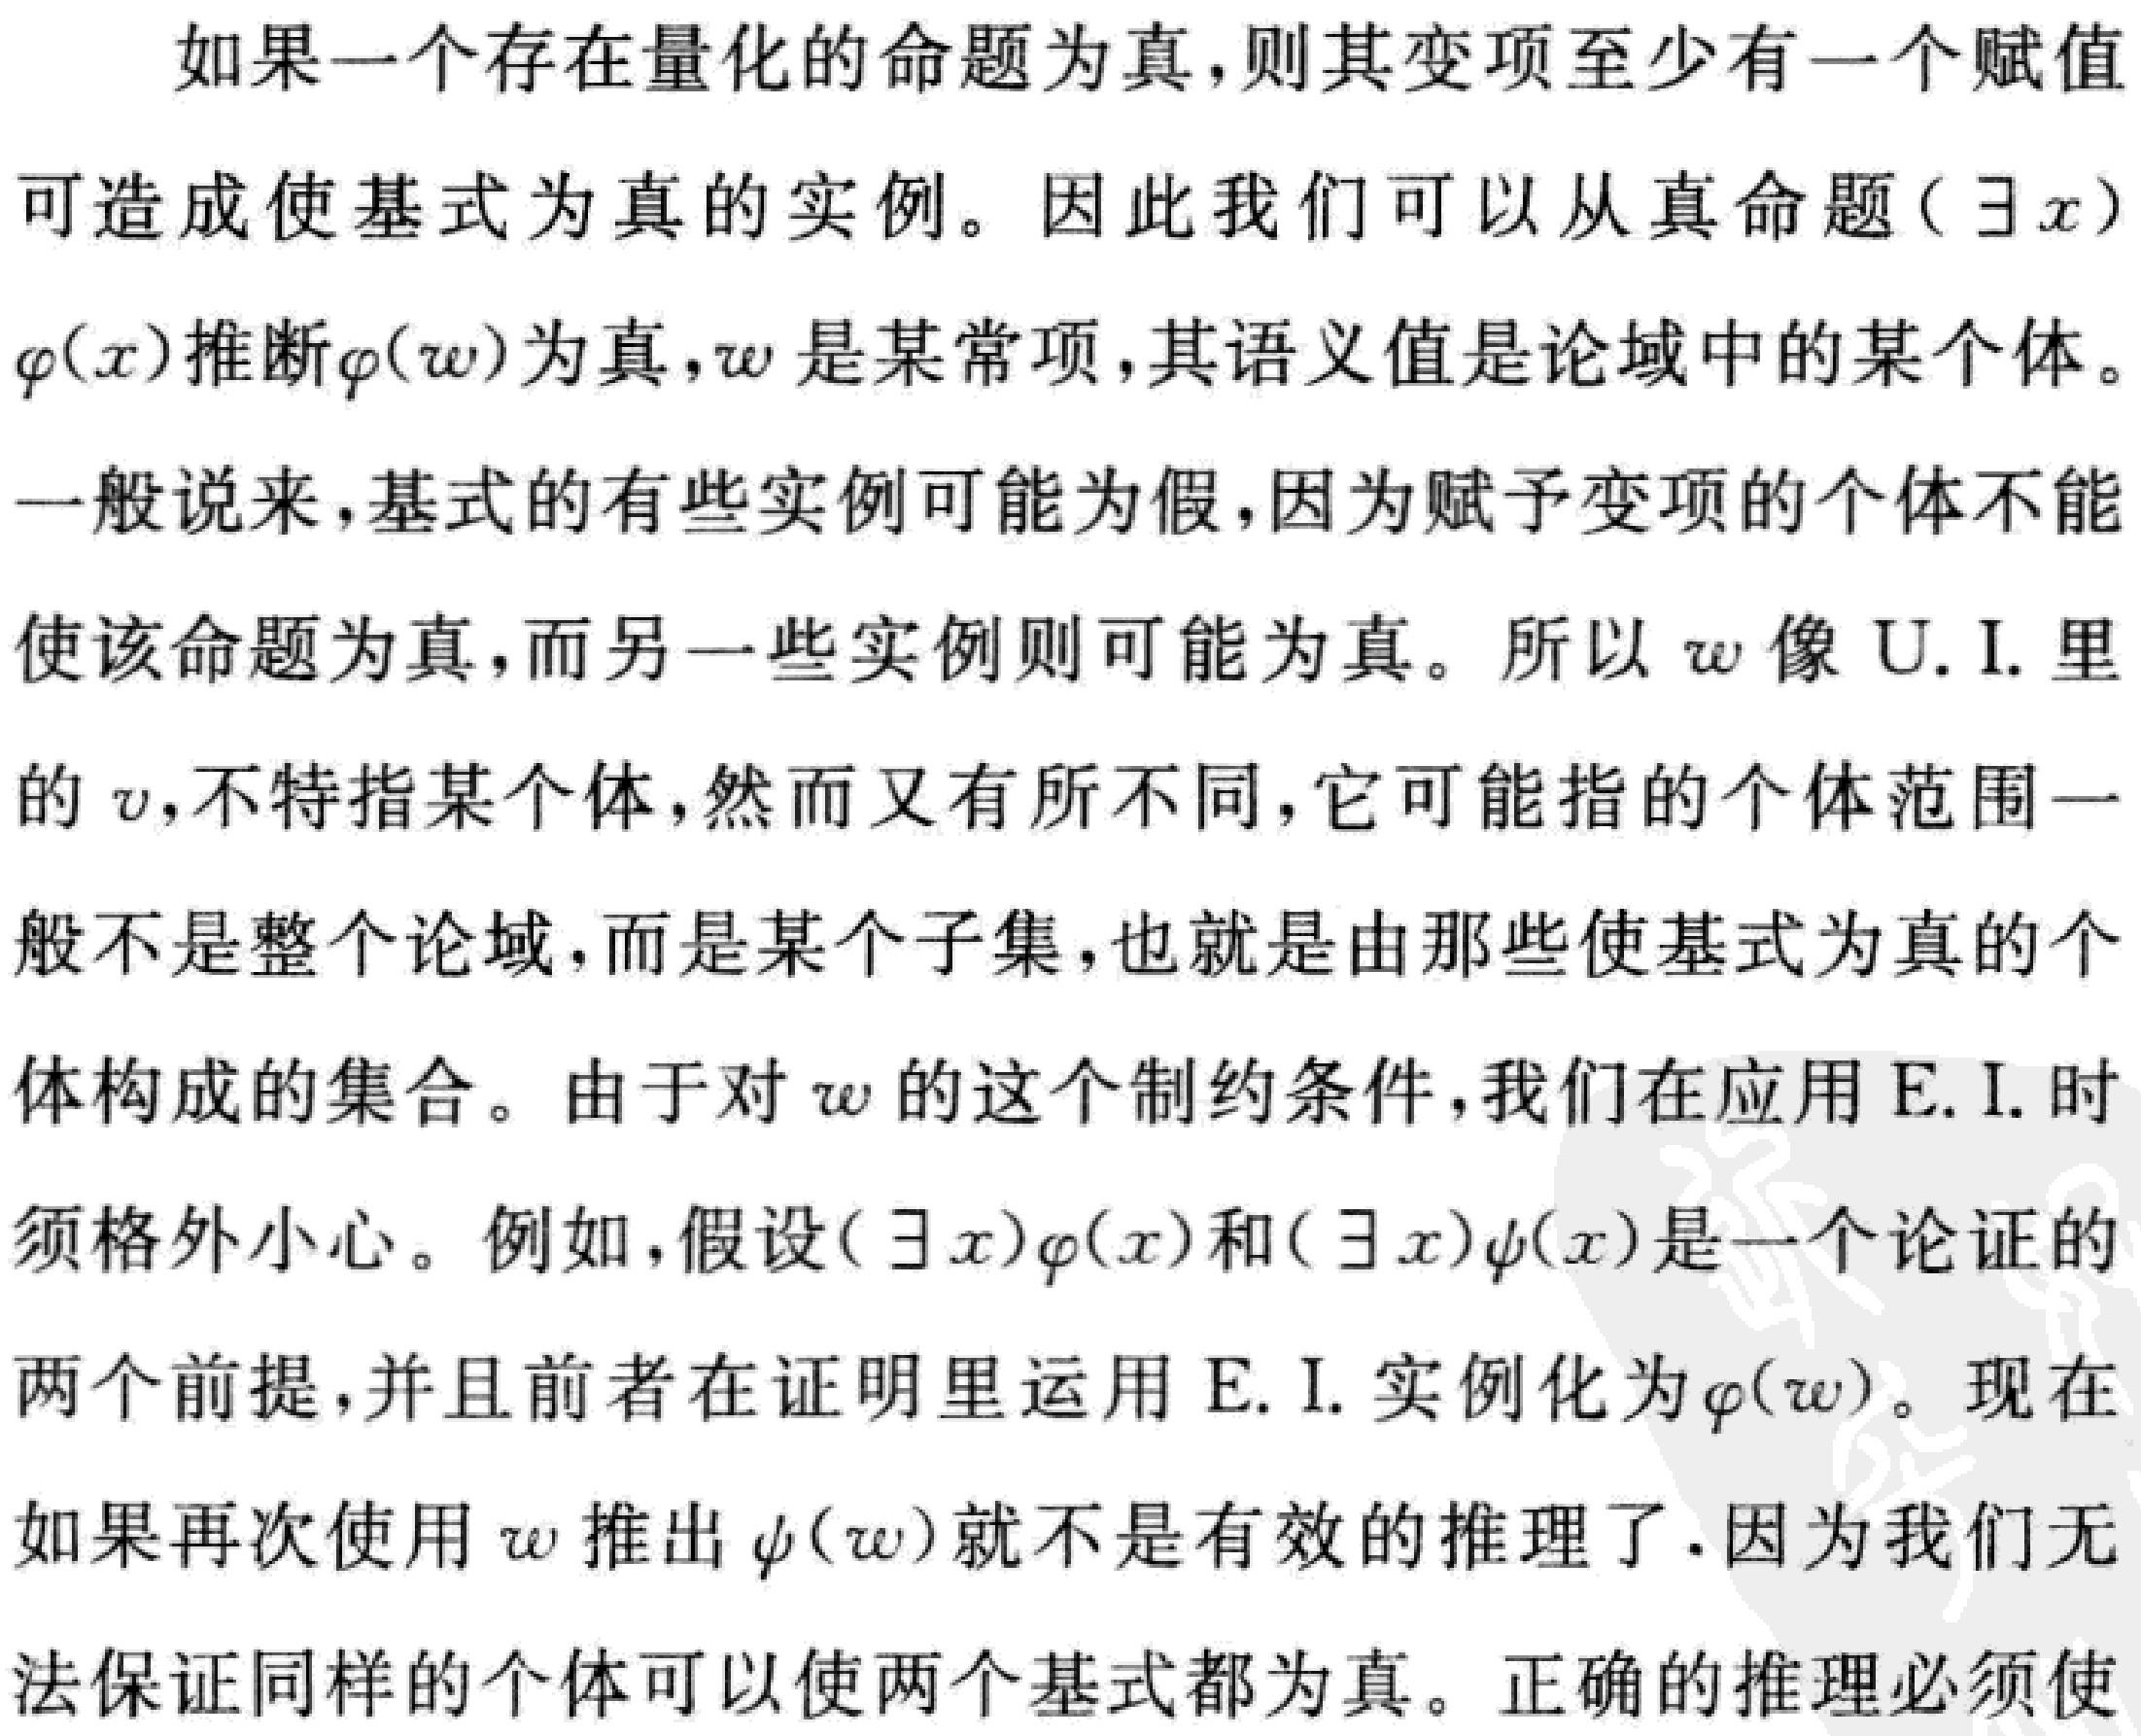
如果一个存在量化的命题为真，则其变项至少有一个赋值
可造成使基式为真的实例。因此我们可以从真命题（\(\exists x\)）
\(\varphi(x)\)推断\(\varphi(w)\)为真，\(w\)是某常项，其语义值是论域中的某个体。
一般说来，基式的有些实例可能为假，因为赋予变项的个体不能
使该命题为真，而另一些实例则可能为真。所以 \(w\) 像 U. I. 里
的 \(v\)，不特指某个体，然而又有所不同，它可能指的个体范围一
般不是整个论域，而是某个子集，也就是由那些使基式为真的个
体构成的集合。由于对 \(w\) 的这个制约条件，我们在应用 E. I. 时
须格外小心。例如，假设\((\exists x)\varphi(x)\)和\((\exists x)\psi(x)\)是一个论证的
两个前提，并且前者在证明里运用 E. I. 实例化为\(\varphi(w)\)。现在
如果再次使用 \(w\) 推出\(\psi(w)\)就不是有效的推理了.因为我们无
法保证同样的个体可以使两个基式都为真。正确的推理必须使